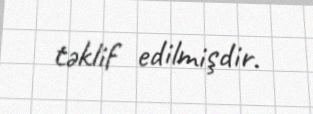
təklif edilmişdir.